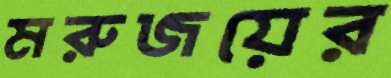
মরুজয়ের